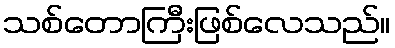
သစ်တောကြီးဖြစ်လေသည်။